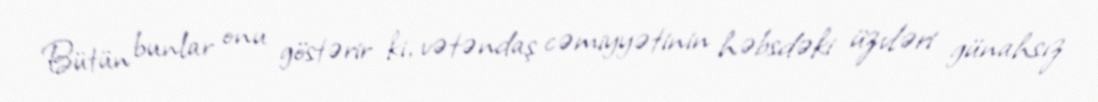
Bütün bunlar onu göstərir ki, vətəndaş cəmiyyətinin həbsdəki üzvləri günahsız